Indian journal of veterinary science and animal husbandry - Volumes 22-23, 1952-1953
Year: 1952
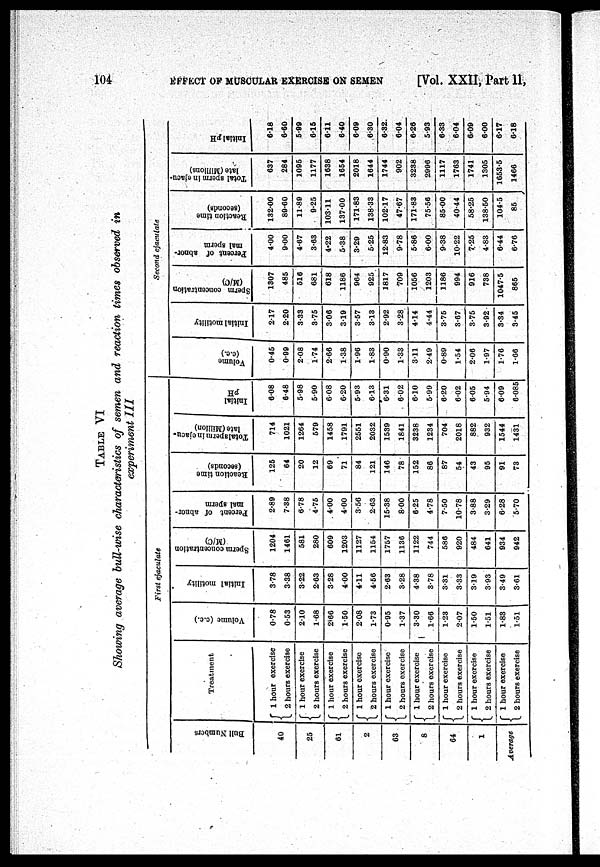
104 EFFECT OF MUSCULAR EXERCISE ON SEMEN [Vol. XXII, Part 11,
TABLE VI
Showing average bull-wise characteristics of semen and reaction times observed in
experiment III
First ejaculate
Bull Numbers
40
25
61
2
63
8
64
1
Average
Treatment
1 hour exercise
2 hours exercise
1 hour exercise
2 hours exercise
1 hour exercise
2 hours exercise
1 hour exercise
2 hours exercise
1 hour exercise
2 hours exercise
1 hour exercise
2 hours exercise
1 hour exercise
2 hours exercise
1 hour exercise
2 hours exercise
1 hour exercise
2 hours exercise
Volume (c.c.)
0.78
0.53
2.10
1.68
2.66
1.50
2.08
1.73
0.95
1.37
3.30
1.66
1.23
2.07
1.50
1.51
1.83
1.51
Initial motility
3.78
3.38
3.22
2.63
3.28
4.00
4.11
4.56
2.63
3.28
4.38
3.78
3.31
3.33
3.19
3.93
3.49
3.61
Sperm concentration
(M/C)
1204
1461
581
280
609
1203
1127
1154
1757
1136
1122
744
586
920
484
641
934
942
Percent of abnor-
mal sperm
2.89
7.38
6.78
4.75
4.00
4.00
3.56
2.63
15.38
8.00
6.25
4.78
7.50
10.78
3.88
3.29
6.28
5.70
Reaction time
(seconds)
125
64
20
12
69
71
84
121
146
78
152
86
87
54
43
95
91
73
Total sperm in cjacu-
late (Million)
714
1021
1264
579
1458
1791
2551
2032
1539
1841
3238
1234
704
2018
882
932
1544
1431
Initial
6.08
6.48
5.98
5.90
6.08
6.20
5.93
6.13
6.31
6.02
6.10
5.99
6.20
6.02
6.05
5.94
6.09
6.085
Second ejaculate
Volume
(c.c.)
0.45
0.99
2.08
1.74
2.66
1.38
1.96
1.83
0.90
1.33
3.11
2.49
0.89
1.54
2.06
1.97
1.76
1.66
Initial motility
2.17
2.20
3.33
3.75
3.06
3.19
3.57
3.13
2.92
3.28
4.14
4.44
3.75
3.67
3.75
3.92
3.34
3.45
Sperm concentration
(M/C)
1307
485
516
681
618
1186
964
925
1817
709
1056
1203
1186
994
916
738
1047.5
865
Percent of abnor-
mal sperm
4.00
9.00
4.67
3.63
4.22
5.38
3.29
5.25
12.83
9.78
5.86
6.00
9.38
10.22
7.25
4.83
6.44
6.76
Reaction time
(seconds)
132.00
89.60
11.89
9.25
103.11
137.00
171.83
138.33
102.17
47.67
171.83
75.56
85.00
40.44
58.25
138.50
104.5
85
Total sperm in ejacu-
late (Millions)
637
284
1095
1177
1638
1654
2018
1644
1744
902
3238
2996
1117
1763
1741
1305
1653.5
1466
Initial pH
6.18
6.60
5.99
6.15
6.11
6.40
6.09
6.30
6.32
6.04
6.26
5.93
6.33
6.04
6.19
6.00
6.17
6.18